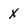
Character: x